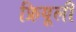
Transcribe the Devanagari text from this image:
फ्रियूली